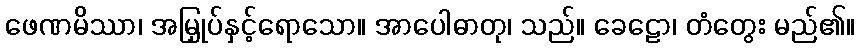
ဖေဏမိဿာ၊ အမြှုပ်နှင့်ရောသော။ အာပေါဓာတု၊ သည်။ ခေဠော၊ တံတွေး မည်၏။